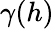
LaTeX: \gamma(h)